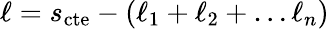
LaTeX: \ell=s_{\mathrm{cte}}-(\ell_{1}+\ell_{2}+\dots\ell_{n})